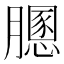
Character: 𦡵